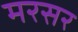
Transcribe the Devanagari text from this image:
मरसर